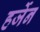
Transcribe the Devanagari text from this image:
हर्जेन